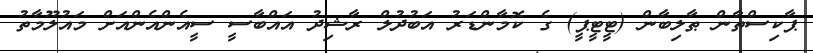
ޕާކިސްތާން ޠާލިބާން (ޓީޓީޕީ) ގެ ކޮމާންޑަރު އަބުދުލް ރާޝިދު އައްބާސީ ސީއެންއެންއަށް މައުލޫމާތު